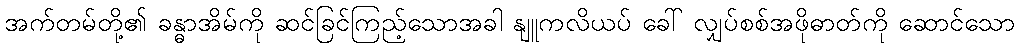
အက်တမ်တို့၏ ခန္ဓာအိမ်ကို ဆင်ခြင်ကြည့်သောအခါ နျူကလိယပ် ခေါ် လျှပ်စစ်အဖိုဓာတ်ကို ဆောင်သော